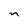
Character: n